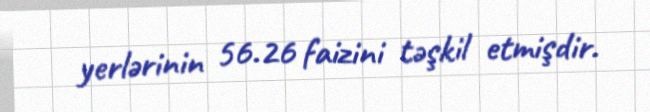
yerlərinin 56.26 faizini təşkil etmişdir.